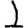
Digit: 1